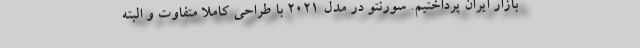
بازار ایران پرداختیم. سورنتو در مدل 2021 با طراحی کاملا متفاوت و البته